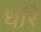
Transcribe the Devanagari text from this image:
घरि